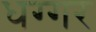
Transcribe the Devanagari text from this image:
धग्गर